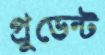
প্রুডেন্ট